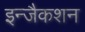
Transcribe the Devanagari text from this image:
इन्जैकशन